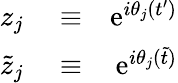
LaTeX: \begin{array}{rlr}{z_{j}}&{{}\equiv}&{\mathrm{e}^{i\theta_{j}(t^{\prime})}}\\ {\tilde{z}_{j}}&{{}\equiv}&{\mathrm{e}^{i\theta_{j}(\tilde{t})}}\end{array}